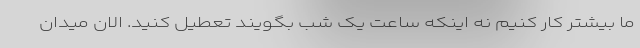
ما بیشتر کار کنیم نه اینکه ساعت یک شب بگویند تعطیل کنید. الان میدان